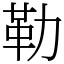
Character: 勒